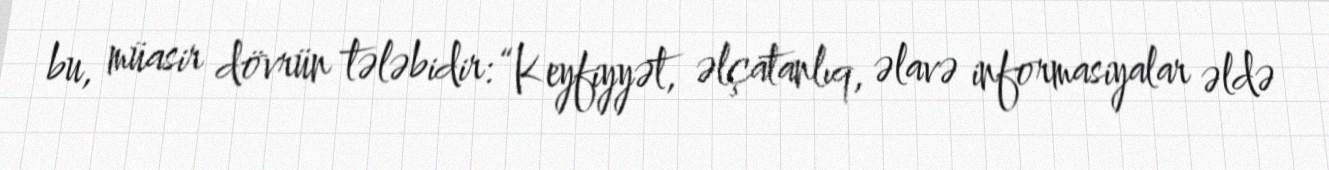
bu, müasir dövrün tələbidir: “Keyfiyyət, əlçatanlıq, əlavə informasiyalar əldə